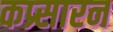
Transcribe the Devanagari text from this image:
कप्र्सारन